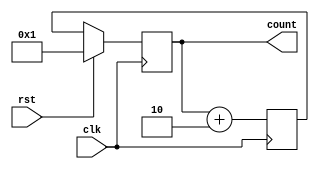
`timescale 1ns / 1ps
//////////////////////////////////////////////////////////////////////////////////
// Company: 
// Engineer: 
// 
// Design Name: 
// Module Name: oddcounter
// Project Name: 
// Target Devices: 
// Tool Versions: 
// Description: 
// 
// Dependencies: 
// 
// Revision:
// Revision 0.01 - File Created
// Additional Comments:
// 
//////////////////////////////////////////////////////////////////////////////////


module oddcounter(input clk,rst,
output reg[7:0]count);
reg [7:0]nxt_count;
always@(posedge clk )
begin
if(rst)
count<=8'h1;
else
count<=nxt_count;

nxt_count=count+8'h2;
end
endmodule